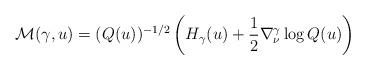
LaTeX: \begin{align*}\mathcal{M}(\gamma,u)=(Q(u))^{-1/2}\left(H_{\gamma}(u)+\frac{1}{2}\nabla^{\gamma}_{\nu}\log Q(u)\right)\end{align*}